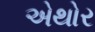
એથોર